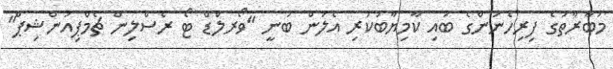
މުބާރާތުގެ ފިރިހެނުންގެ ބައި ކާމިޔާބުކުރި އެލަން ބުނީ "ވޯރލްޑް ޓޯ ރެސްލިން ޗެމްޕިއަންޝިޕް"